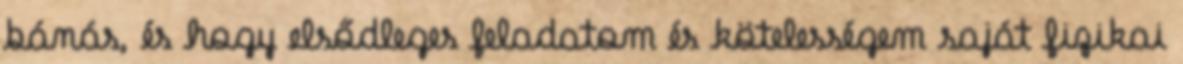
bánás, és hogy elsődleges feladatom és kötelességem saját fizikai